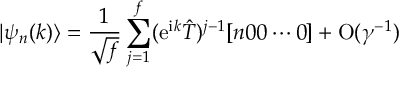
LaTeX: | \psi _ { n } ( k ) \rangle = { \frac { 1 } { \sqrt { f } } } \sum _ { j = 1 } \sp { f } ( \mathrm { e } \sp { \mathrm { i } k } \hat { T } ) \sp { j - 1 } [ n 0 0 \cdots 0 ] + \mathrm { O } ( \gamma \sp { - 1 } )